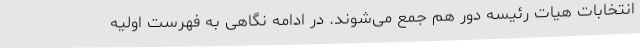
انتخابات هیات رئیسه دور هم جمع می‌شوند. در ادامه نگاهی به فهرست اولیه